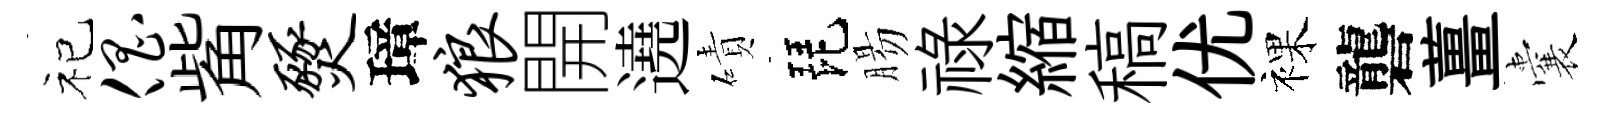
祀倡觜燹璋狼開遶磧琵腸祿縮稿优裸礱薑囊